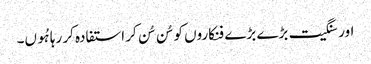
اور سنگیت بڑے بڑے فنکاروں کو سُن سُن کر استفادہ کر رہا ہُوں۔